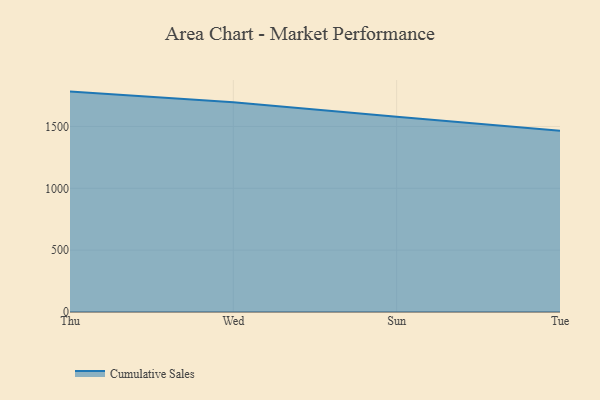
{"axis": {"x": "Day", "y": "Inventory Turnover"}, "legend": ["Cumulative Sales"], "data": [{"x": "Thu", "y": 1781.9, "type": "Cumulative Sales"}, {"x": "Wed", "y": 1696.3, "type": "Cumulative Sales"}, {"x": "Sun", "y": 1578.4, "type": "Cumulative Sales"}, {"x": "Tue", "y": 1466.3, "type": "Cumulative Sales"}]}